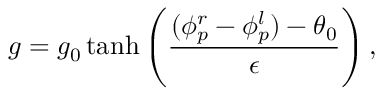
g = g _ { 0 } \operatorname { t a n h } \left( \frac { ( \phi _ { p } ^ { r } - \phi _ { p } ^ { l } ) - \theta _ { 0 } } { \epsilon } \right) ,